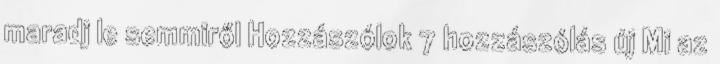
maradj le semmiről Hozzászólok 7 hozzászólás új Mi az